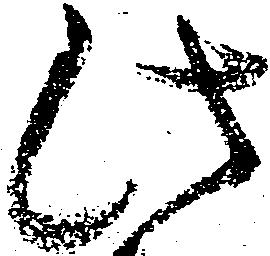
此